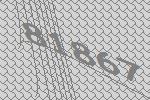
81867